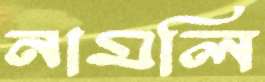
নামলি